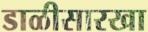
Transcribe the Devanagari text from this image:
डाळीसारखा